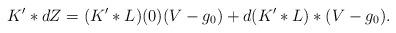
LaTeX: \begin{align*} K'*dZ = (K'*L)(0) (V - g_0) + d(K'*L)*(V-g_0).\end{align*}